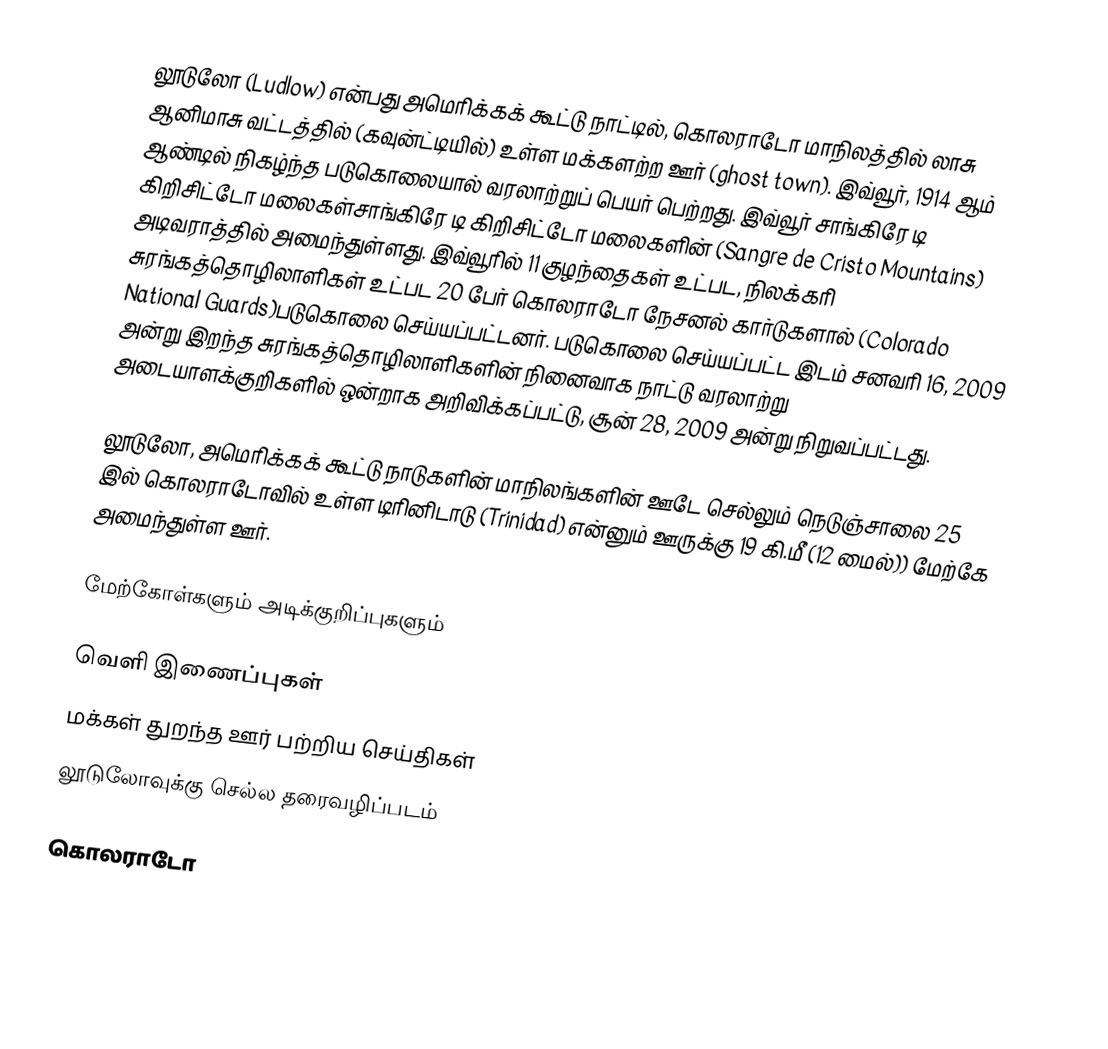
லூடுலோ (Ludlow) என்பது அமெரிக்கக் கூட்டு நாட்டில், கொலராடோ மாநிலத்தில் லாசு ஆனிமாசு வட்டத்தில் (கவுன்ட்டியில்) உள்ள மக்களற்ற ஊர் (ghost town). இவ்வூர், 1914 ஆம் ஆண்டில் நிகழ்ந்த படுகொலையால் வரலாற்றுப் பெயர் பெற்றது. இவ்வூர் சாங்கிரே டி கிறிசிட்டோ மலைகள்சாங்கிரே டி கிறிசிட்டோ மலைகளின் (Sangre de Cristo Mountains) அடிவராத்தில் அமைந்துள்ளது.  இவ்வூரில் 11 குழந்தைகள் உட்பட, நிலக்கரி சுரங்கத்தொழிலாளிகள் உட்பட 20 பேர் கொலராடோ நேசனல் கார்டுகளால் (Colorado National Guards)படுகொலை செய்யப்பட்டனர். படுகொலை செய்யப்பட்ட இடம் சனவரி 16, 2009 அன்று இறந்த சுரங்கத்தொழிலாளிகளின் நினைவாக நாட்டு வரலாற்று அடையாளக்குறிகளில் ஒன்றாக அறிவிக்கப்பட்டு, சூன் 28, 2009 அன்று நிறுவப்பட்டது.

லூடுலோ, அமெரிக்கக் கூட்டு நாடுகளின் மாநிலங்களின் ஊடே செல்லும் நெடுஞ்சாலை 25 இல் கொலராடோவில் உள்ள டிரினிடாடு (Trinidad) என்னும் ஊருக்கு 19 கி.மீ (12 மைல்)) மேற்கே அமைந்துள்ள ஊர்.

மேற்கோள்களும் அடிக்குறிப்புகளும்

வெளி இணைப்புகள்
 மக்கள் துறந்த ஊர் பற்றிய செய்திகள்
 லூடுலோவுக்கு செல்ல தரைவழிப்படம்

கொலராடோ